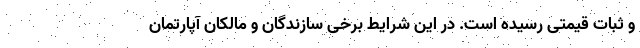
و ثبات قیمتی رسیده است. در این شرایط برخی سازندگان و مالکان آپارتمان